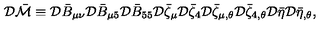
{ \cal D } \bar { \cal M } \equiv { \cal D } \bar { B } _ { \mu \nu } { \cal D } \bar { B } _ { \mu 5 } { \cal D } \bar { B } _ { 5 5 } { \cal D } \bar { \zeta } _ { \mu } { \cal D } \bar { \zeta } _ { 4 } { \cal D } \bar { \zeta } _ { \mu , \theta } { \cal D } \bar { \zeta } _ { 4 , \theta } { \cal D } \bar { \eta } { \cal D } \bar { \eta } _ { , \theta } ,